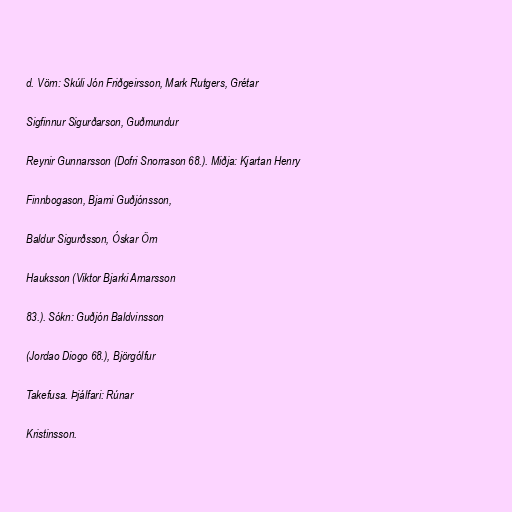
d. Vörn: Skúli Jón Friðgeirsson, Mark Rutgers, Grétar

Sigfinnur Sigurðarson, Guðmundur

Reynir Gunnarsson (Dofri Snorrason 68.). Miðja: Kjartan Henry

Finnbogason, Bjarni Guðjónsson,

Baldur Sigurðsson, Óskar Örn

Hauksson (Viktor Bjarki Arnarsson

83.). Sókn: Guðjón Baldvinsson

(Jordao Diogo 68.), Björgólfur

Takefusa. Þjálfari: Rúnar

Kristinsson.